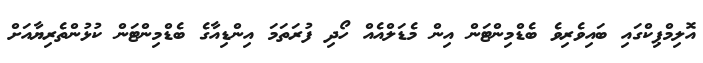
އޮލިމްޕިކްގައި ބައިވެރިވެ ބެޑްމިންޓަން އިން މެޑަލްއެއް ހޯދި ފުރަތަމަ އިންޑިއާގެ ބެޑްމިންޓަން ކުޅުންތެރިޔާއަށް